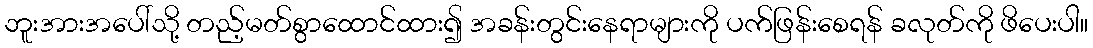
ဘူးအားအပေါ်သို့ တည့်မတ်စွာထောင်ထား၍ အခန်းတွင်းနေရာများကို ပက်ဖြန်းစေရန် ခလုတ်ကို ဖိပေးပါ။